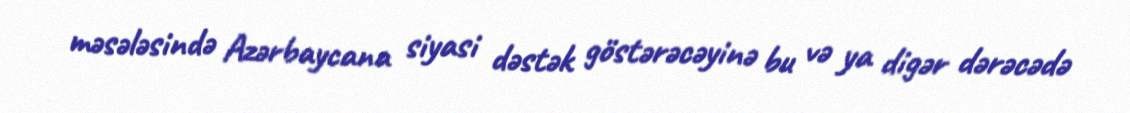
məsələsində Azərbaycana siyasi dəstək göstərəcəyinə bu və ya digər dərəcədə